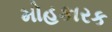
મોહકારક